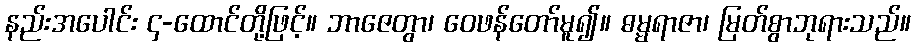
နည်းအပေါင်း ၄-ထောင်တို့ဖြင့်။ ဘာဇေတွာ၊ ဝေဖန်တော်မူ၍။ ဓမ္မရာဇာ၊ မြတ်စွာဘုရားသည်။